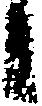
候